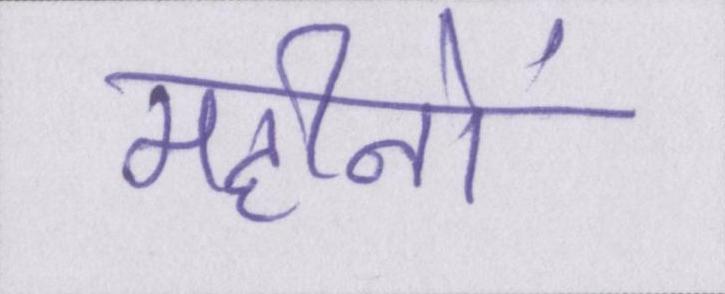
महीनों